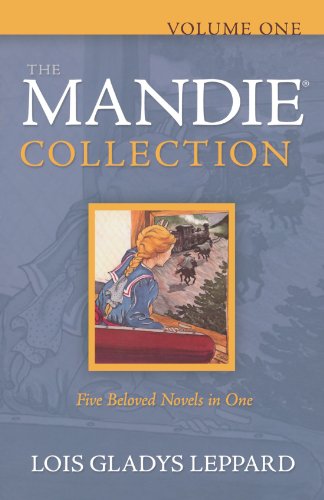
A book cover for The Mandie Collection, Volume 1: Mandie and the Secret Tunnel/Mandie and the Cherokee Legend/Mandie and the Ghost Bandits/Mandie and the Forbidden Attic/Mandie and the Trunk's Secret (Mandie 1-5); Lois Gladys Leppard; Teen & Young Adult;